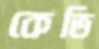
কেভি